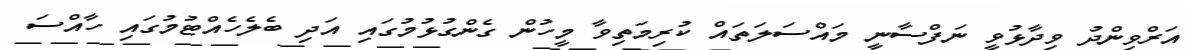
އަރްވިންދު ވިދާޅުވީ ނަފްސާނީ މައްސަލަތައް ކުރިމަތިވާ މީހުން ގެންގުޅުމުގައި އަދި ބެލެހެއްޓުމުގައި ހާއްސަ